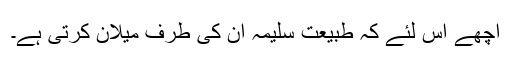
اچھے اس لئے کہ طبیعت سلیمہ ان کی طرف میلان کرتی ہے۔